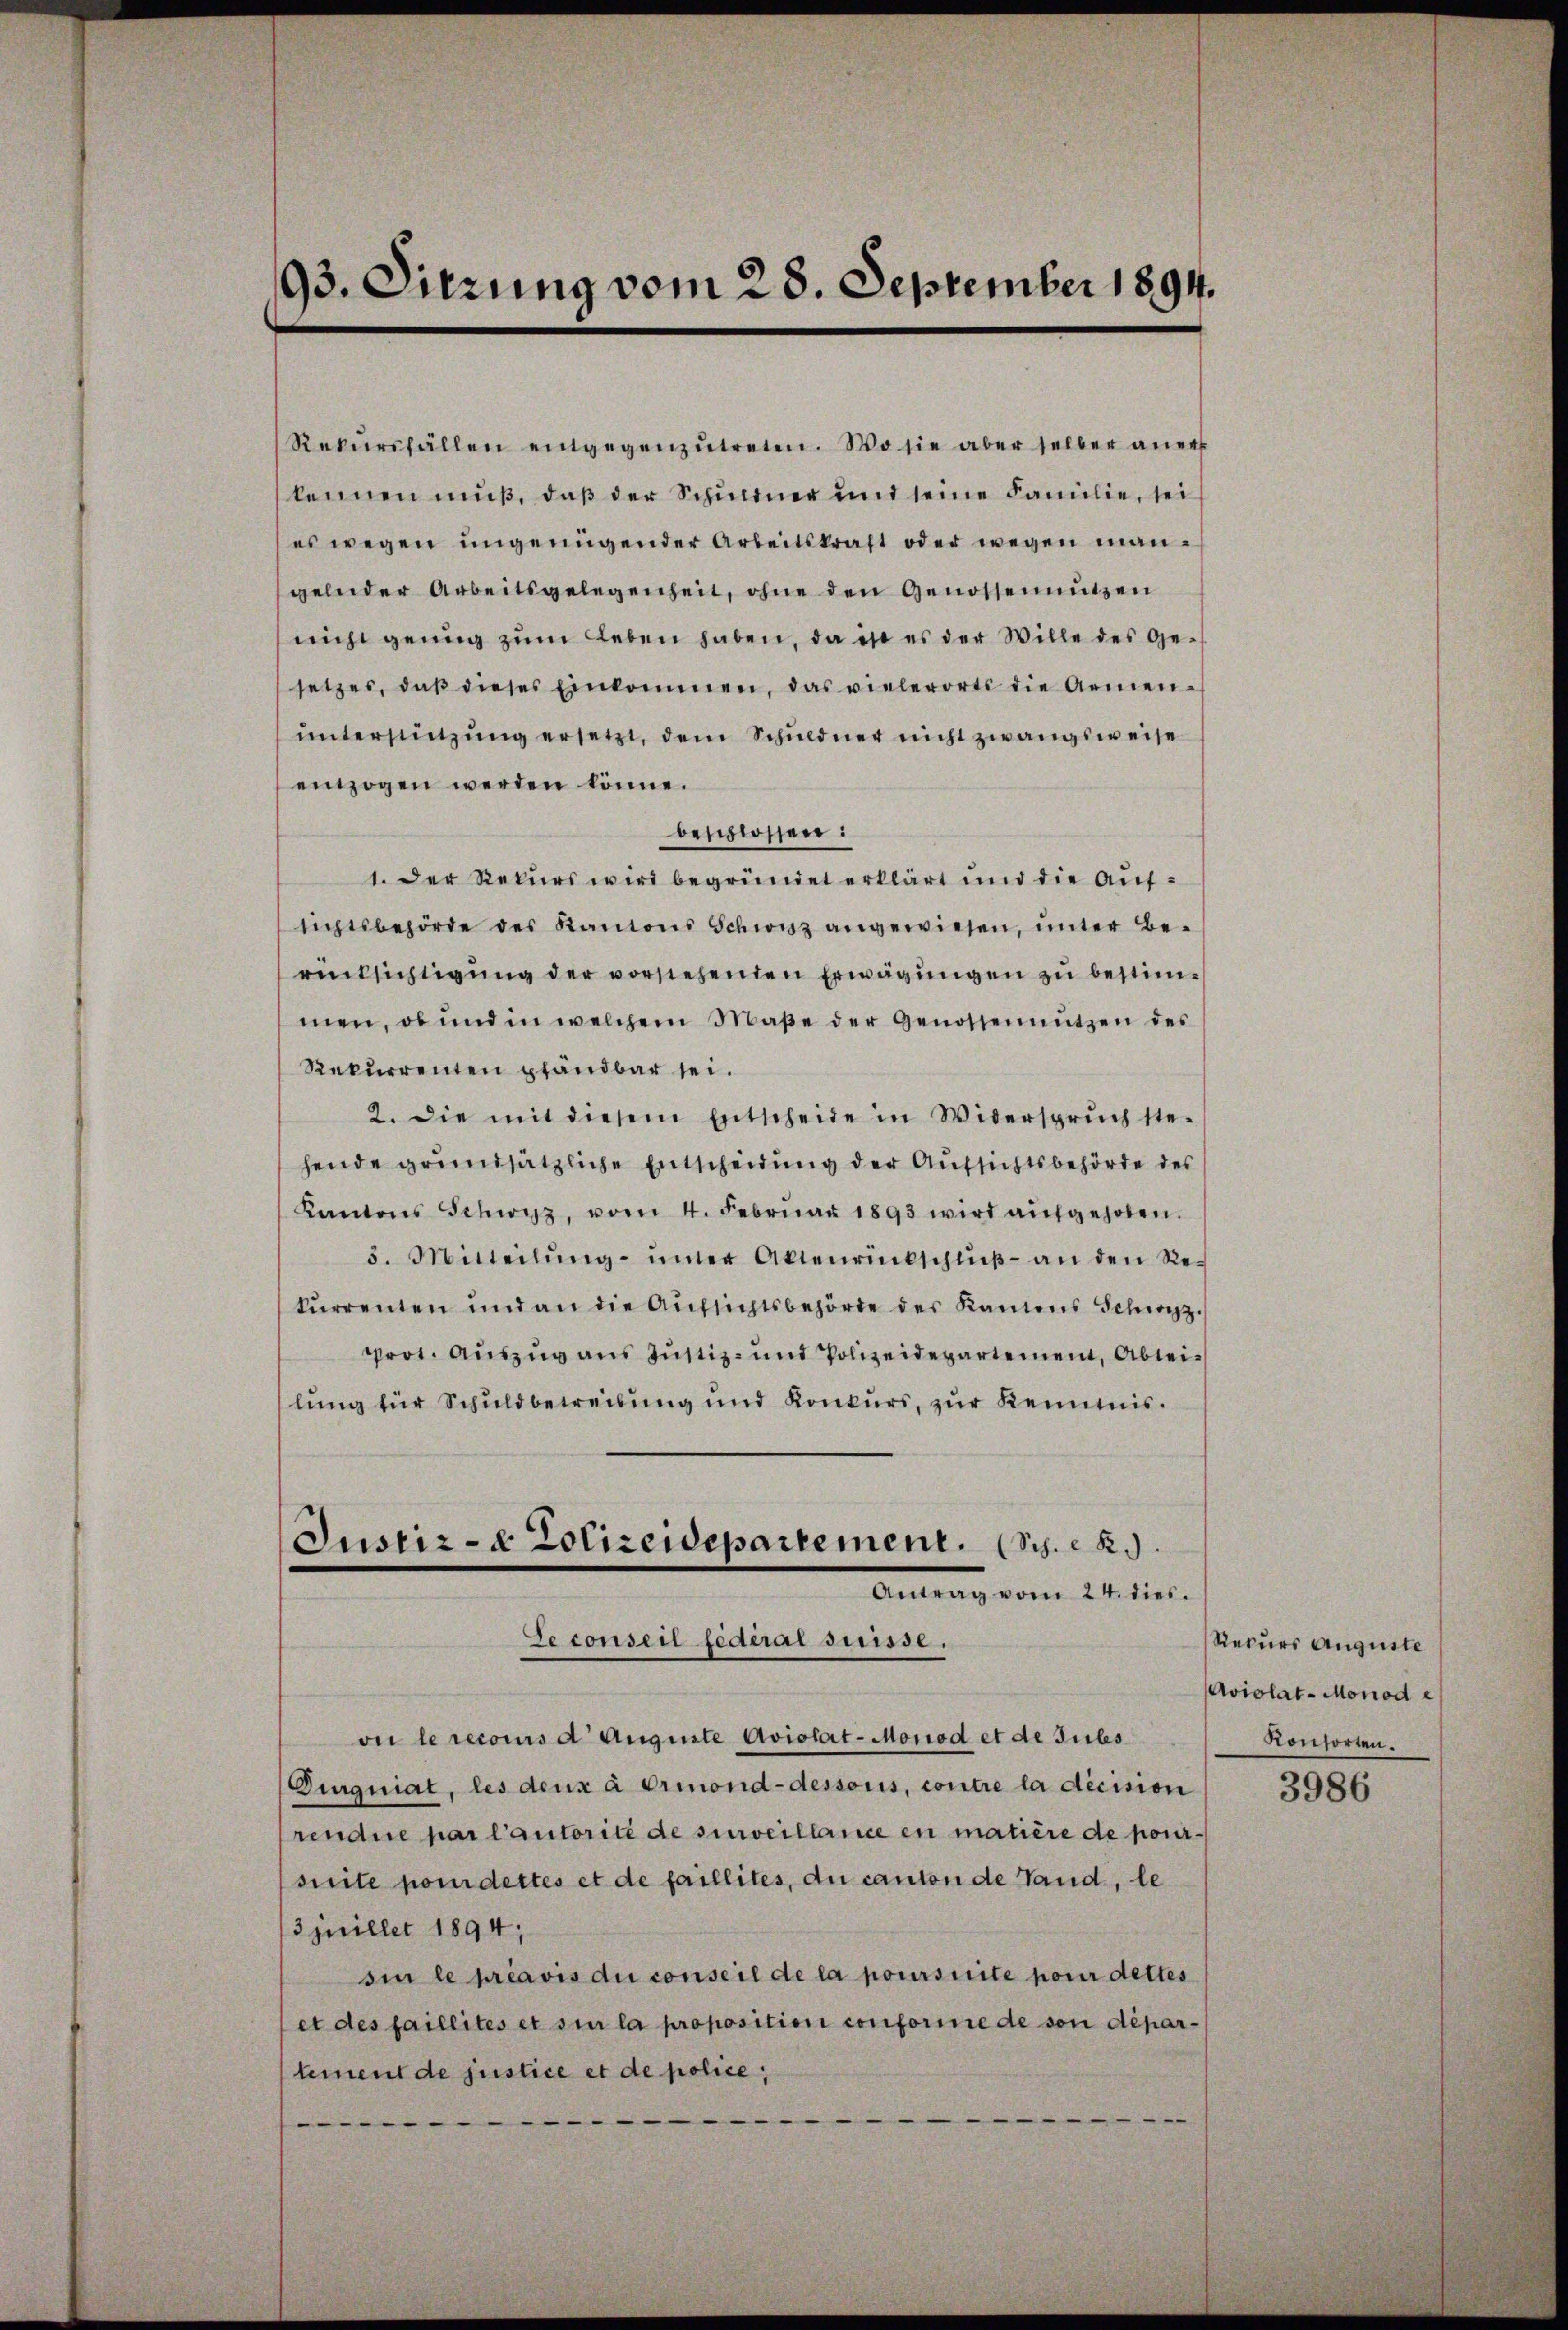
93. Sitzung vom 28. September 1894.

Rekŭrsfällen entgegenzŭtreten. Wo sie aber selber anerk
kennen muß, daß der Schuldner und seine Familie, sei
es wegen ungenügender Arbeitskraft oder wegen mangelnder Arbeitsgelegenheit, ohne den Genossennutzen
nicht genug zum Leben haben, da ist es der Wille des Gesetzes, daβ dieses Einkommen, das vielerorts die Armen-
unterstützung ersetzt, dem Schuldner nicht zwangsweise
einzogen werden könne.
beschlossen:
1. Der Rekurs wird begründet erklärt und die Aufsichtsbehörde des Kantons Schwyz angewiesen, unter Be-
rücksichtigung der vorstehenden Erwägungen zu bestimmen, ob und in welchem Maβe der Genossennützen des
Rekurrenten pfandbar sei.
2. die mit diesem Entscheide in Widerspruch ste-
hende grundsätzliche Entscheidung der Aufsichtsbehörde des
Kantons Schwyz, vom 4. Febrŭar 1893 wird aŭfgehoben.
3. Mitteilŭng ŭnter Aktenrückschlŭβ an den Re-
kŭrrenten und an die Aŭfsichtsbehörde der Kantons Schwyz.
prot. Auszug aus Justiz- und Polizeidepartement Ableilŭng für Schuldbetreibung und Konkŭrs, zŭr Kenntnis.
Justiz- & Polizeidepartement. (Sch. 2.
Antrag vom 24. dies.
Seconseil federai suisse.
oi le recours d. Auguste Aviolat-Monod et de subs
Dinquiat, les deux à Ormond-dessoris, contre la décision
rendue par l’autorité de surveillance in matière de poursuite pouidettes et de faillites, du canton de Land, le
3 juillet 1894;
sin le préavis die conseil de la poursuite pour dettes
et des faillités et sie la proposition conforme de von département de justice et de police,
e
—
—
e

Rekurs Auguste
Aviolat-Monod e
Konsorten.

3986